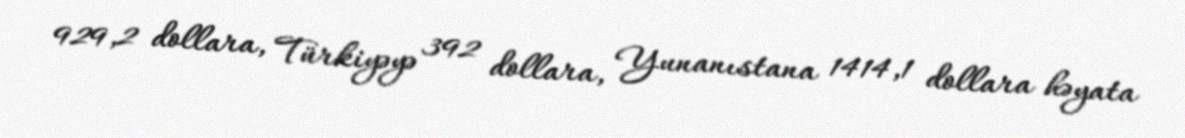
929,2 dollara, Türkiyəyə 392 dollara, Yunanıstana 1414,1 dollara həyata